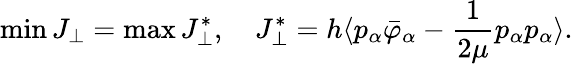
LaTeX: \operatorname*{min}J_{\perp}=\operatorname*{max}J_{\perp}^{*},\quad J_{\perp}^{*}=h\langle p_{\alpha}\bar{\varphi}_{\alpha}-\frac{1}{2\mu}p_{\alpha}p_{\alpha}\rangle.